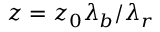
z = z _ { 0 } \lambda _ { b } / \lambda _ { r }